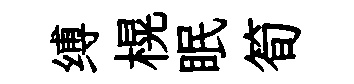
缚榥眠筍